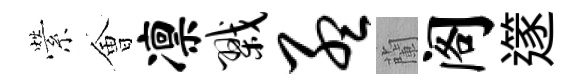
縈㑹凛戮孟蘭阁𨗹